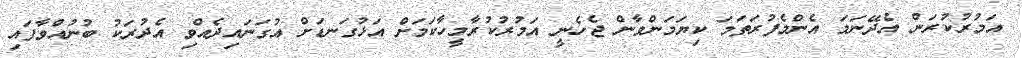
އަމުރުކުރަން އެދޭނަމަ އެންމެފުރަތަމަ ކިޔަމަންވާން ޖެހެނީ އަމުރުކުރާމީހާކަމަށް އަޅުގަނޑަށް އުގަނައިދެއްވި އެދުރަކު ބުނުއްވާފައި